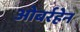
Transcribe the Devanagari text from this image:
ओबर्रहेन